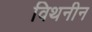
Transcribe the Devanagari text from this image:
विथनीन